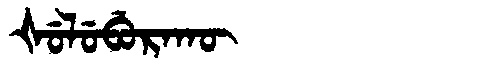
Manchu: ᡧᡠᠯᡠᠪᡠᡵᠠᡴᡡ
Romanization: ŠULUBURAKŪ